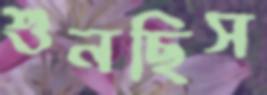
শুনছিস